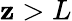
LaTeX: \mathbf{z}>L